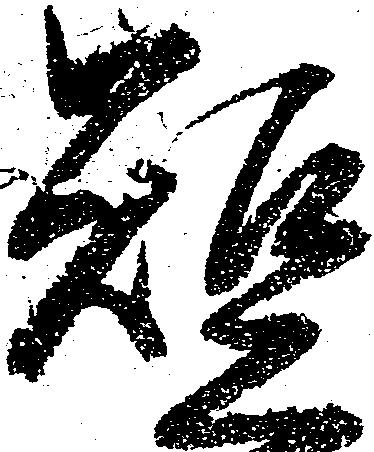
短